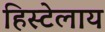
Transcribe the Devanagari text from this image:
हिस्टेलाय